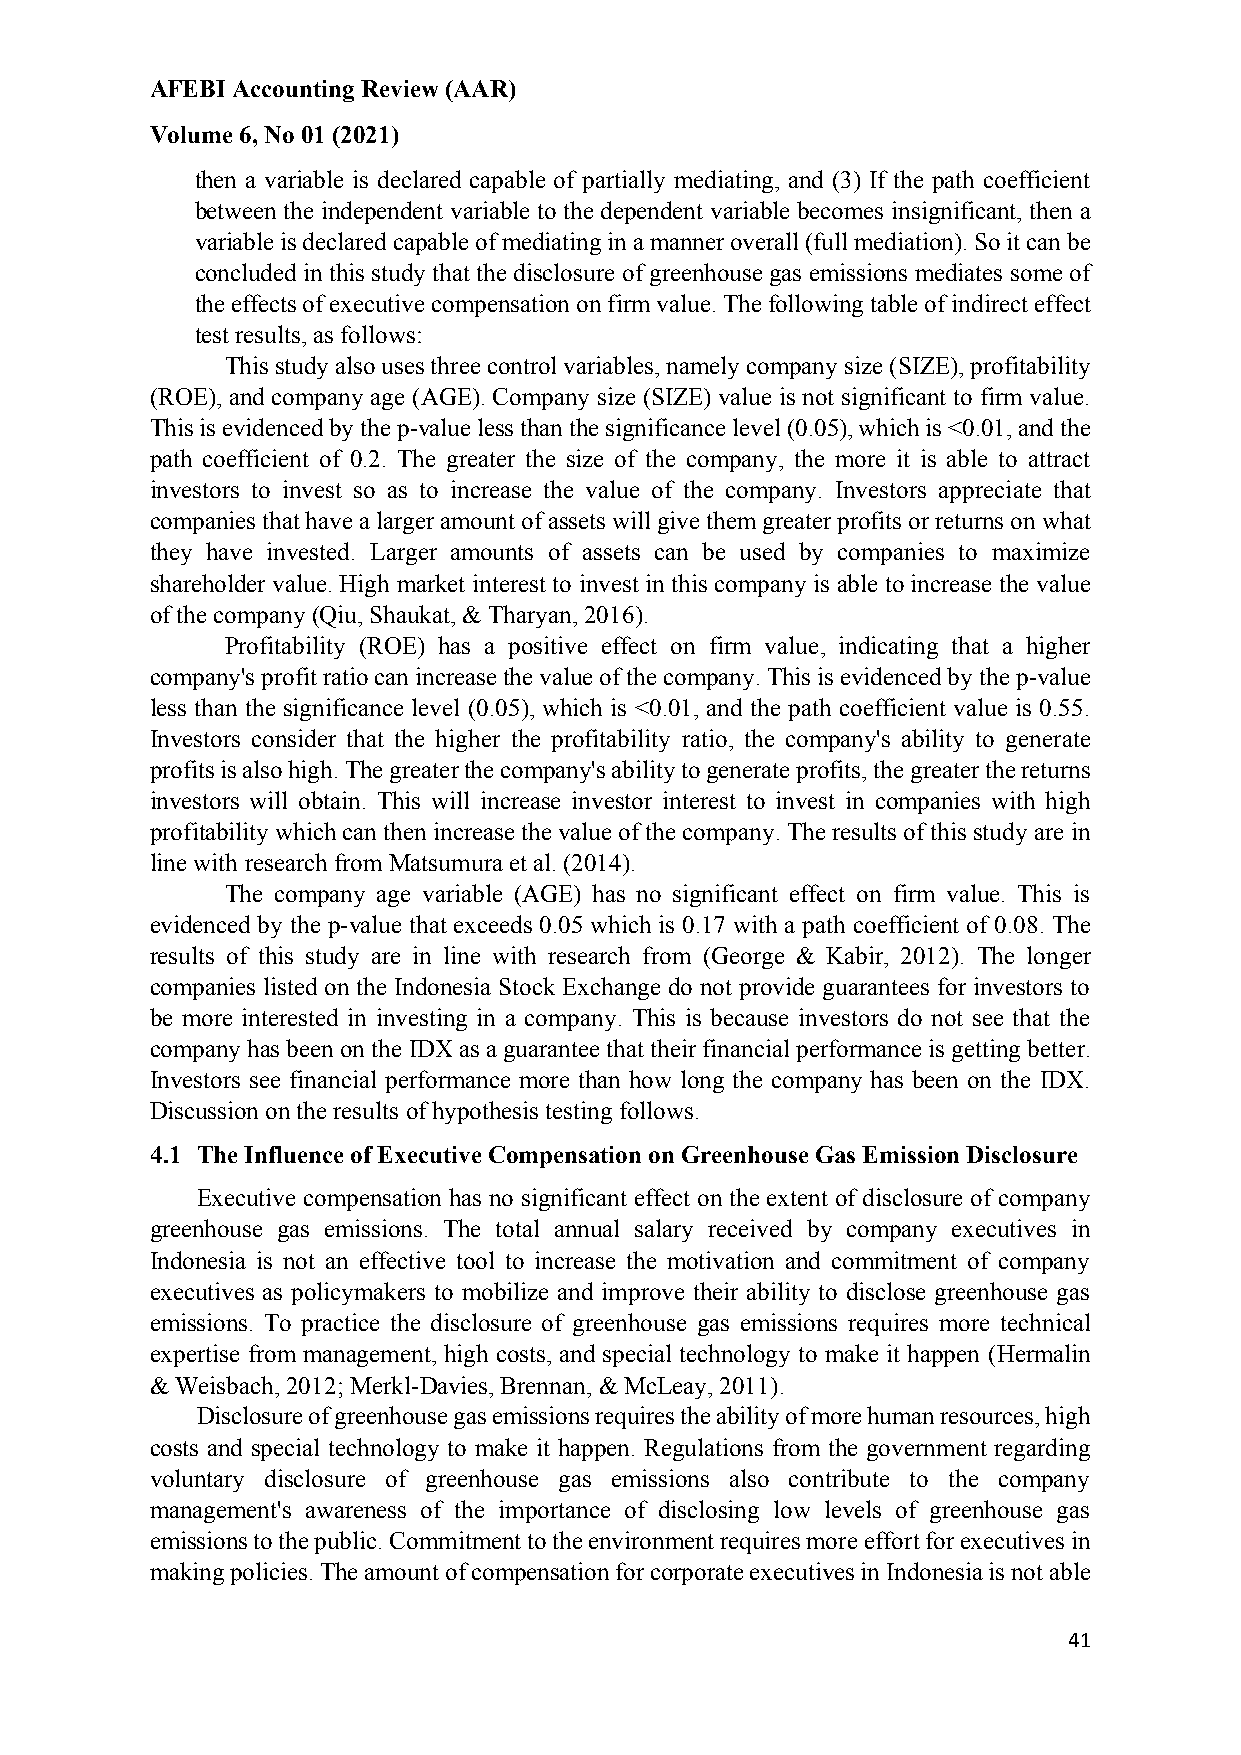
AFEBI Accounting Review (AAR)
 Volume 6, No 01 (2021)
 then a variable is declared capable of partially mediating, and (3) If the path coefficient
 between the independent variable to the dependent variable becomes insignificant, then a
 variable is declared capable of mediating in a manner overall (full mediation). So it can be
 concluded in this study that the disclosure of greenhouse gas emissions mediates some of
 the effects of executive compensation on firm value. The following table of indirect effect
 test results, as follows:
 This study also uses three control variables, namely company size (SIZE), profitability
 (ROE), and company age (AGE). Company size (SIZE) value is not significant to firm value.
 This is evidenced by the p-value less than the significance level (0.05), which is <0.01, and the
 path coefficient of 0.2. The greater the size of the company, the more it is able to attract
 investors to invest so as to increase the value of the company. Investors appreciate that
 companies that have a larger amount of assets will give them greater profits or returns on what
 they have invested. Larger amounts of assets can be used by companies to maximize
 shareholder value. High market interest to invest in this company is able to increase the value
 of the company (Qiu, Shaukat, & Tharyan, 2016).
 Profitability (ROE) has a positive effect on firm value, indicating that a higher
 company's profit ratio can increase the value of the company. This is evidenced by the p-value
 less than the significance level (0.05), which is <0.01, and the path coefficient value is 0.55.
 Investors consider that the higher the profitability ratio, the company's ability to generate
 profits is also high. The greater the company's ability to generate profits, the greater the returns
 investors will obtain. This will increase investor interest to invest in companies with high
 profitability which can then increase the value of the company. The results of this study are in
 line with research from Matsumura et al. (2014).
 The company age variable (AGE) has no significant effect on firm value. This is
 evidenced by the p-value that exceeds 0.05 which is 0.17 with a path coefficient of 0.08. The
 results of this study are in line with research from (George & Kabir, 2012). The longer
 companies listed on the Indonesia Stock Exchange do not provide guarantees for investors to
 be more interested in investing in a company. This is because investors do not see that the
 company has been on the IDX as a guarantee that their financial performance is getting better.
 Investors see financial performance more than how long the company has been on the IDX.
 Discussion on the results of hypothesis testing follows.
 4.1 The Influence of Executive Compensation on Greenhouse Gas Emission Disclosure
 Executive compensation has no significant effect on the extent of disclosure of company
 greenhouse gas emissions. The total annual salary received by company executives in
 Indonesia is not an effective tool to increase the motivation and commitment of company
 executives as policymakers to mobilize and improve their ability to disclose greenhouse gas
 emissions. To practice the disclosure of greenhouse gas emissions requires more technical
 expertise from management, high costs, and special technology to make it happen (Hermalin
 & Weisbach, 2012; Merkl‐Davies, Brennan, & McLeay, 2011).
 Disclosure of greenhouse gas emissions requires the ability of more human resources, high
 costs and special technology to make it happen. Regulations from the government regarding
 voluntary disclosure of greenhouse gas emissions also contribute to the company
 management's awareness of the importance of disclosing low levels of greenhouse gas
 emissions to the public. Commitment to the environment requires more effort for executives in
 making policies. The amount of compensation for corporate executives in Indonesia is not able
 41